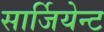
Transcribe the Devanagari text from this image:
सार्जियेन्ट